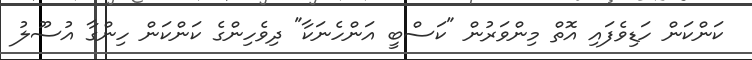
ކަންކަން ހަޑިވެފައި އޮތް މިންވަރުން "ކަސްބީ އަންހެނަކާ" ދިވެހިންގެ ކަންކަން ހިންގާ އުސޫލު